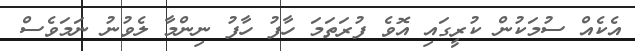
އެކެއް ސުމަކުން ކުރީގައި އޮވެ ފުރަތަމަ ހާފު ހާފު ނިންމާ ލެވުނު ނަމަވެސް